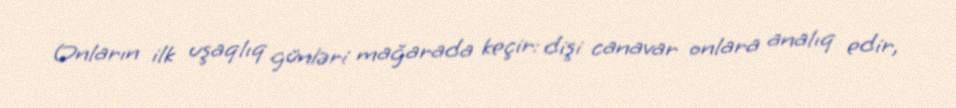
Onların ilk uşaqlıq günləri mağarada keçir: dişi canavar onlara analıq edir,